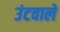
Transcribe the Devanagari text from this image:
उंटवाले